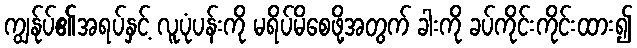
ကျွန်ုပ်၏အရပ်နှင့် လူပုံပန်းကို မရိပ်မိစေဖို့အတွက် ခါးကို ခပ်ကိုင်းကိုင်းထား၍